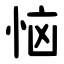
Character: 恼